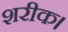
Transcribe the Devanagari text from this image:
शरीक।